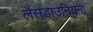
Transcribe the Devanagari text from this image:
लैंसडाउनियना